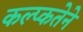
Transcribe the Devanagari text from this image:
कल्प्कतेने